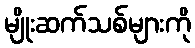
မျိုးဆက်သစ်များကို